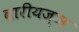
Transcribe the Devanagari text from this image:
वारीयज्ञ